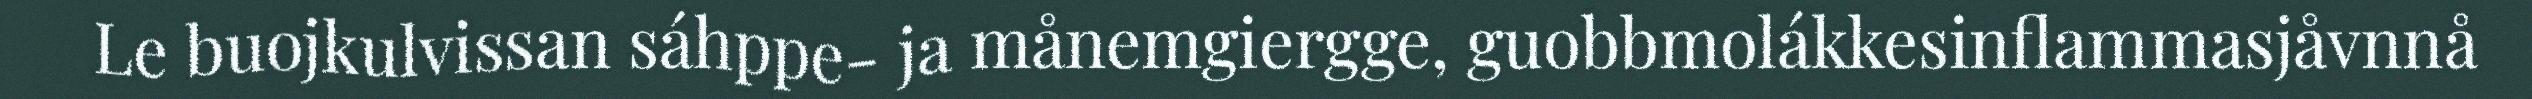
Le buojkulvissan sáhppe- ja månemgiergge, guobbmolákkesinflammasjåvnnå